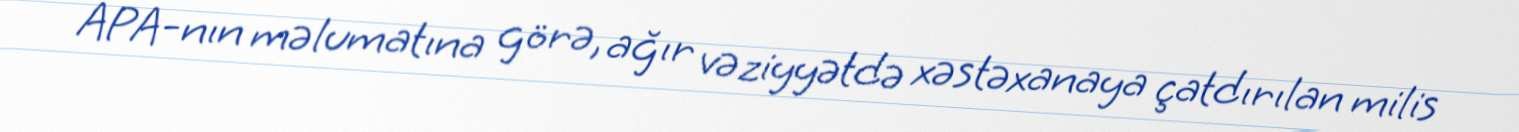
APA-nın məlumatına görə, ağır vəziyyətdə xəstəxanaya çatdırılan milis